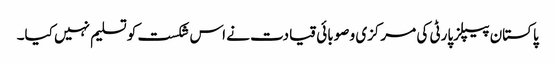
پاکستان پیپلزپارٹی کی مرکزی و صوبائی قیادت نے اس شکست کو تسلیم نہیں کیا۔